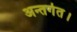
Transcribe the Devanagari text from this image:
अन्तर्गत।